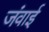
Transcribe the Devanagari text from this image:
जंवाई